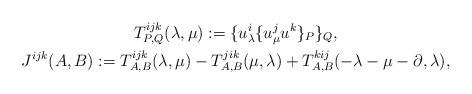
LaTeX: \begin{gather*}T^{ijk}_{P,Q}(\lambda,\mu):=\{u^i_\lambda \{u^j_\mu u^k\}_P\}_Q, \\J^{ijk}(A,B):=T^{ijk}_{A,B}(\lambda,\mu)-T^{jik}_{A,B}(\mu,\lambda)+T^{kij}_{A,B}(-\lambda-\mu-\partial,\lambda),\end{gather*}